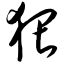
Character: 猥